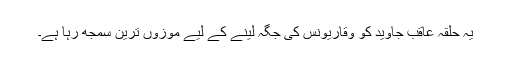
یہ حلقہ عاقب جاوید کو وقاریونس کی جگہ لینے کے لیے موزوں ترین سمجھ رہا ہے۔